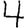
Digit: 4